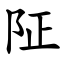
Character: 阷